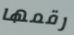
رقمها